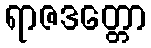
ရာဇဒတ္တော